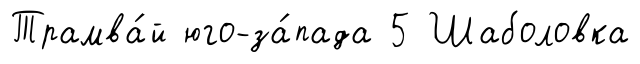
Трамва́й юго-за́пада 5 Шаболовка